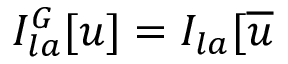
I _ { l a } ^ { G } [ u ] = I _ { l a } [ \overline { { { u } } }